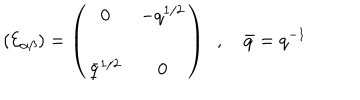
\left( { \cal E } _ { \alpha \beta } \right) = \left( \begin{matrix} { { 0 } } & { { - q ^ { 1 / 2 } } } \\ { { \bar { q } ^ { 1 / 2 } } } & { { 0 } } \\ \end{matrix} \right) \ \ , \quad \bar { q } = q ^ { - 1 }